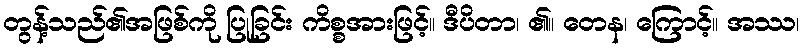
တွန့်သည်၏အဖြစ်ကို ပြုခြင်း ကိစ္စအားဖြင့်။ ဒီပိတာ၊ ၏။ တေန၊ ကြောင့်။ အဿ၊